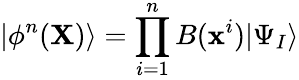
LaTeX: |\phi^{n}(\textbf{X})\rangle=\prod_{i=1}^{n}B(\textbf{x}^{i})|\Psi_{I}\rangle